Annual administration report of the Civil Veterinary Department of India - 1892-1893
Year: 1892
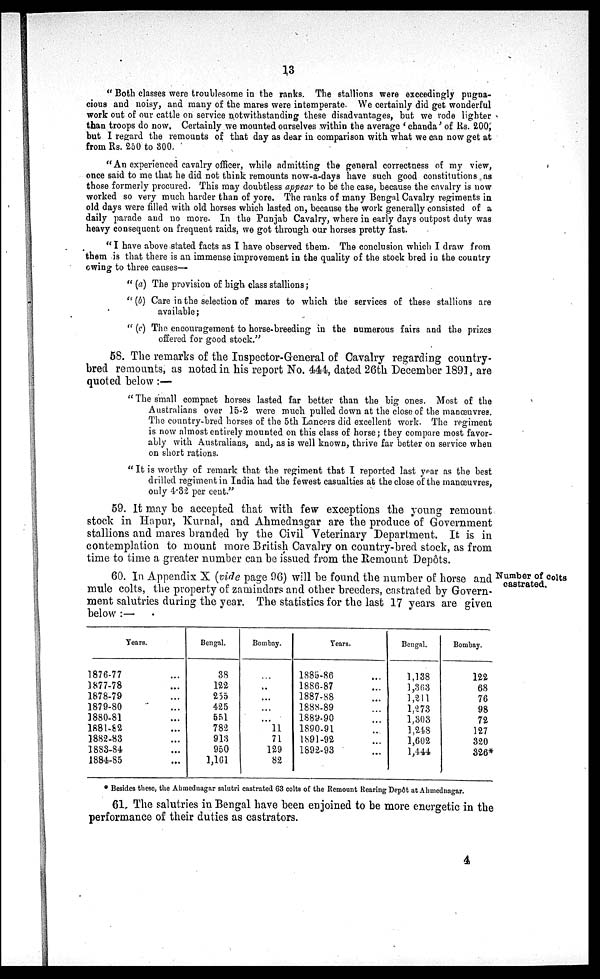
13
"Both classes were troublesome in the ranks. The stallions were exceedingly pugna-
cious and noisy, and many of the mares were intemperate. We certainly did get wonderful
work out of our cattle on service notwithstanding these disadvantages, but we rode lighter
than troops do now. Certainly we mounted ourselves within the average 'chanda' of Rs. 200,
but I regard the remounts of that day as dear in comparison with what we can now get at
from Rs. 250 to 300.
"An experienced cavalry officer, while admitting the general correctness of my view,
once said to me that he did not think remounts now-a-days have such good constitutions as
those formerly procured. This may doubtless appear to be the case, because the cavalry is now
worked so very much harder than of yore. The ranks of many Bengal Cavalry regiments in
old days were filled with old horses which lasted on, because the work generally consisted of a
daily parade and no more. In the Punjab Cavalry, where in early days outpost duty was
heavy consequent on frequent raids, we got through our horses pretty fast.
"I have above stated facts as I have observed them. The conclusion which I draw from
them is that there is an immense improvement in the quality of the stock bred in the country
owing to three causes—
"(a) The provision of high class stallions;
"(b) Care in the selection of mares to which the services of these stallions are
available;
"(c) The encouragement to horse-breeding in the numerous fairs and the prizes
offered for good stock."
58. The remarks of the Inspector-General of Cavalry regarding country-
bred remounts, as noted in his report No. 444, dated 26th December 1891, are
quoted below:—
"The small compact horses lasted far better than the big ones. Most of the
Australians over 15-2 were much pulled down at the close of the manœuvres.
The country-bred horses of the 5th Lancers did excellent work. The regiment
is now almost entirely mounted on this class of horse; they compare most favor-
ably with Australians, and, as is well known, thrive far better on service when
on short rations.
"It is worthy of remark that the regiment that I reported last year as the best
drilled regiment in India had the fewest casualties at the close of the manœuvres,
only 4.32 per cent."
59. It may be accepted that with few exceptions the young remount
stock in Hapur, Kurnal, and Ahmednagar are the produce of Government
stallions and mares branded by the Civil Veterinary Department. It is in
contemplation to mount more British Cavalry on country-bred stock, as from
time to time a greater number can be issued from the Remount Depôts.
Number of colts
castrated.
60. In Appendix X (vide page 96) will be found the number of horse and
mule colts, the property of zamindars and other breeders, castrated by Govern-
ment salutries during the year. The statistics for the last 17 years are given
below:—
Years.
1876-77
1877-78
1878-79
1879-80
1880-81
1881-82
1882-83
1883-84
1884-85
...
...
...
...
...
...
...
...
...
Bengal.
38
122
255
425
551
782
913
950
1,101
Bombay.
...
...
...
...
11
71
129
82
Years.
1885-86
1886-87
1887-88
1888-89
1889-90
1890-91
1891-92
1892-93
...
...
...
...
...
...
...
...
Bengal.
1,138
1,363
1,211
1,273
1,303
1,248
1,602
1,144
Bombay.
122
68
76
98
72
127
320
326*
* Besides these, the Ahmednagar salutri castrated 63 colts of the Remount Rearing Depôt at Ahmednagar.
61. The salutries in Bengal have been enjoined to be more energetic in the
performance of their duties as castrators.